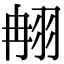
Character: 䎃